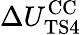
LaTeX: \Delta{U_{\mathrm{TS4}}^{\mathrm{CC}}}